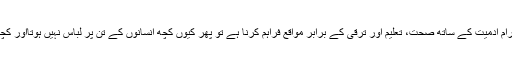
مساوات کا اصل مطلب ہر کسی کو احترام آدمیت کے ساتھ صحت، تعلیم اور ترقی کے برابر مواقع فراہم کرنا ہے تو پھر کیوں کچھ انسانوں کے تن پر لباس نہیں ہوتااور کچھ اعلیٰ لباس کے اندر انسان نہیں ہوتے۔